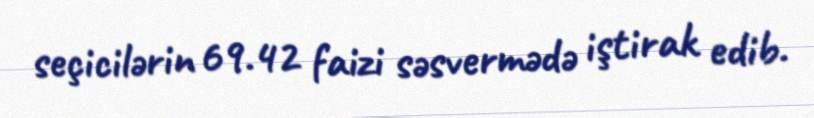
seçicilərin 69.42 faizi səsvermədə iştirak edib.